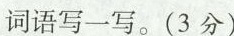
词语写一写。(3分)